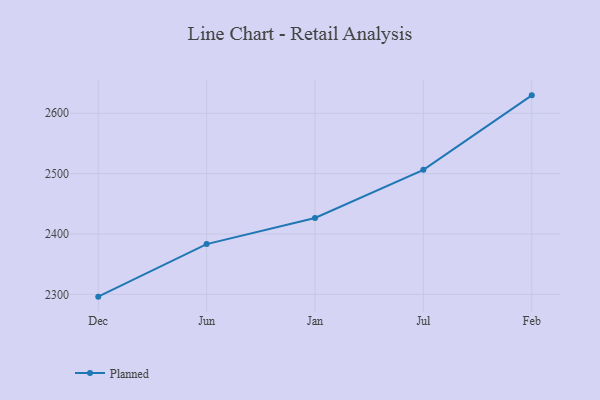
{"axis": {"x": "Month", "y": "Demand Index"}, "legend": ["Planned"], "data": [{"x": "Dec", "y": 2296.3, "type": "Planned"}, {"x": "Jun", "y": 2383.3, "type": "Planned"}, {"x": "Jan", "y": 2426.6, "type": "Planned"}, {"x": "Jul", "y": 2506.3, "type": "Planned"}, {"x": "Feb", "y": 2629.7, "type": "Planned"}]}